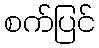
စက်ပြင်